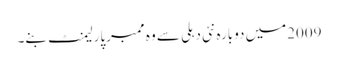
2009میں دوبارہ نئی دہلی سے وہ ممبرپارلیمنٹ بنے۔